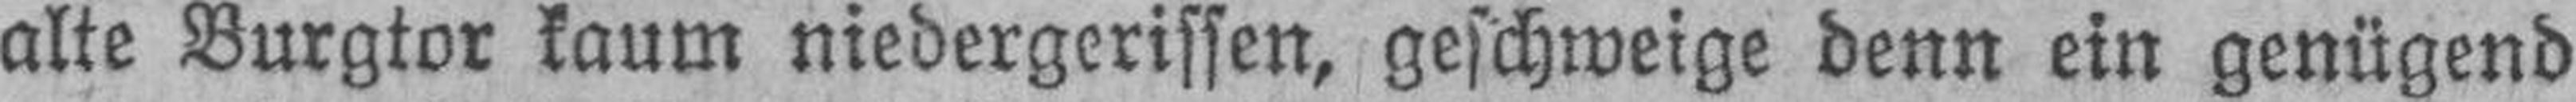
alte Burgtor kaum niedergerissen, geschweige denn ein genügend